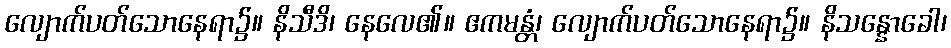
လျောက်ပတ်သောနေရာ၌။ နိသီဒိ၊ နေလေ၏။ ဧကမန္တံ၊ လျောက်ပတ်သောနေရာ၌။ နိသန္နောခေါ၊